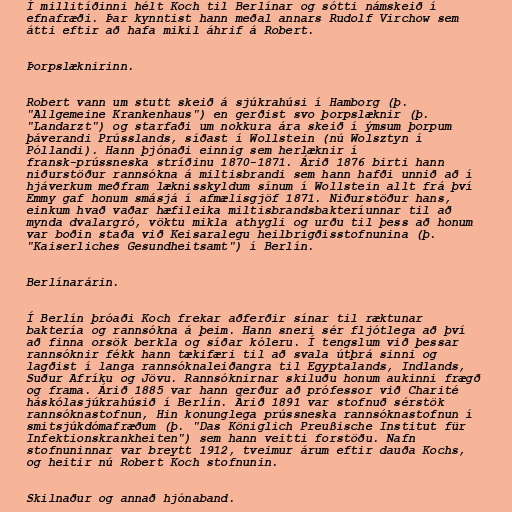
Í millitíðinni hélt Koch til Berlínar og sótti námskeið í
efnafræði. Þar kynntist hann meðal annars Rudolf Virchow sem
átti eftir að hafa mikil áhrif á Robert.

Þorpslæknirinn.

Robert vann um stutt skeið á sjúkrahúsi í Hamborg (þ.
"Allgemeine Krankenhaus") en gerðist svo þorpslæknir (þ.
"Landarzt") og starfaði um nokkura ára skeið í ýmsum þorpum
þáverandi Prússlands, síðast í Wollstein (nú Wolsztyn í
Póllandi). Hann þjónaði einnig sem herlæknir í
fransk-prússneska stríðinu 1870-1871. Árið 1876 birti hann
niðurstöður rannsókna á miltisbrandi sem hann hafði unnið að í
hjáverkum meðfram læknisskyldum sínum í Wollstein allt frá því
Emmy gaf honum smásjá í afmælisgjöf 1871. Niðurstöður hans,
einkum hvað vaðar hæfileika miltisbrandsbakteríunnar til að
mynda dvalargró, vöktu mikla athygli og urðu til þess að honum
var boðin staða við Keisaralegu heilbrigðisstofnunina (þ.
"Kaiserliches Gesundheitsamt") í Berlín.

Berlínarárin.

Í Berlín þróaði Koch frekar aðferðir sínar til ræktunar
baktería og rannsókna á þeim. Hann sneri sér fljótlega að því
að finna orsök berkla og síðar kóleru. Í tengslum við þessar
rannsóknir fékk hann tækifæri til að svala útþrá sinni og
lagðist í langa rannsóknaleiðangra til Egyptalands, Indlands,
Suður Afríku og Jövu. Rannsóknirnar skiluðu honum aukinni frægð
og frama. Árið 1885 var hann gerður að prófessor við Charité
háskólasjúkrahúsið í Berlín. Árið 1891 var stofnuð sérstök
rannsóknastofnun, Hin konunglega prússneska rannsóknastofnun í
smitsjúkdómafræðum (þ. "Das Königlich Preußische Institut für
Infektionskrankheiten") sem hann veitti forstöðu. Nafn
stofnuninnar var breytt 1912, tveimur árum eftir dauða Kochs,
og heitir nú Robert Koch stofnunin.

Skilnaður og annað hjónaband.